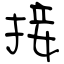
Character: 接